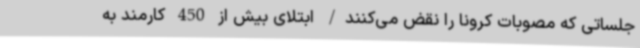
جلساتی که مصوبات کرونا را نقض می‌کنند/ ابتلای بیش از 450 کارمند به